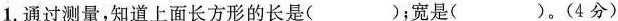
1.通过测量，知道上面长方形的长是（ ）；宽是（ ）。（4分）